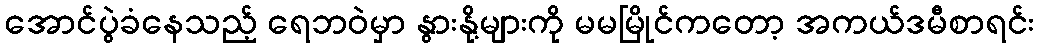
အောင်ပွဲခံနေသည့် ရေဘဝဲမှာ နွားနို့များကို မမမြိုင်ကတော့ အကယ်ဒမီစာရင်း